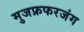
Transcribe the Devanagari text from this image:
मुजफ्रफरजंग